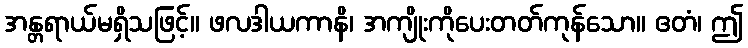
အန္တရာယ်မရှိသဖြင့်။ ဖလဒါယကာနိ၊ အကျိုးကိုပေးတတ်ကုန်သော။ ဧတံ၊ ဤ